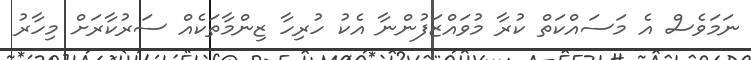
ނަމަވެސް އެ މަސައްކަތް ކުރާ މުވައްޒަފުންނާ އެކު ހުރިހާ ޒިންމާތަކެއް ސަރުކާރަށް މިހާރު